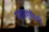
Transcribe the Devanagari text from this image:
प्रवाहांपैकी